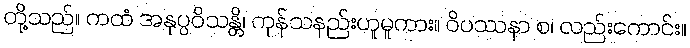
တို့သည်။ ကထံ အနုပ္ပဝိသန္တိ၊ ကုန်သနည်းဟူမူကား။ ဝိပဿနာ စ၊ လည်းကောင်း။